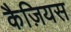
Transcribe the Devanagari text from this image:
कैज़ियस